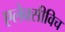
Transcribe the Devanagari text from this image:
एलेक्सीविच